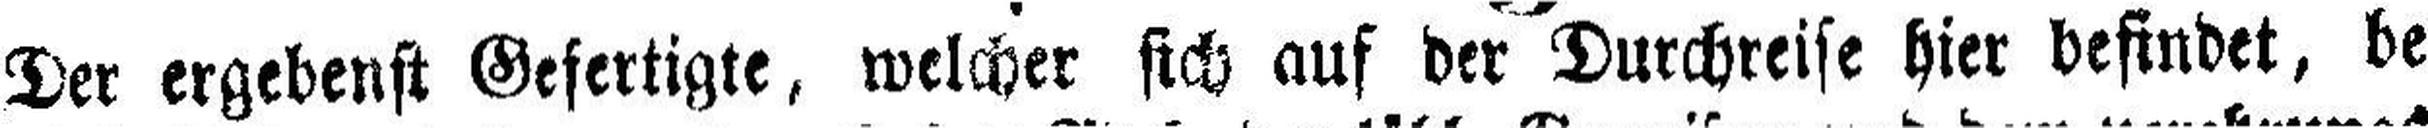
Der ergebenst Gefertigte, welcher sich auf der Durchreise hier befindet, be¬